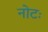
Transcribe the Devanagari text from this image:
नोटः